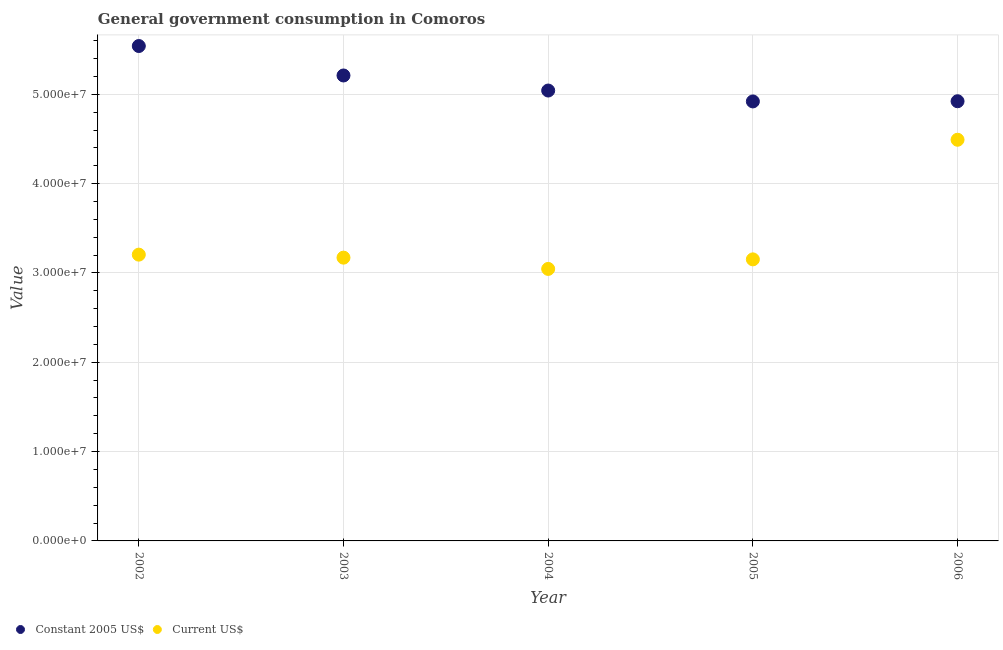
| Year | Constant 2005 US$ | Current US$ |
 | --- | --- | --- |
 | 2002 | 5.54e+07 | 3.2e+07 |
 | 2003 | 5.21e+07 | 3.17e+07 |
 | 2004 | 5.04e+07 | 3.04e+07 |
 | 2005 | 4.92e+07 | 3.15e+07 |
 | 2006 | 4.92e+07 | 4.49e+07 |